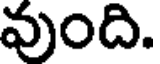
వుంది.